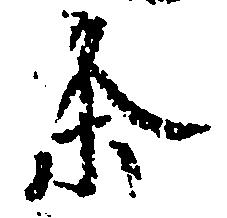
条